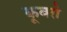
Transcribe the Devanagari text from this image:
कूबरो